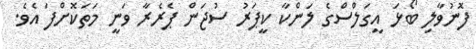
ފޮނުވާލި ބޯޅަ އީގަލްސްގެ ލަންކާ ކީޕަރު ސުޖަން ޕެރެރާ ވަނީ މަތަކޮށްފަ އެވެ.